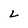
Character: L